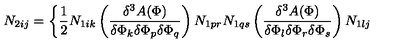
N _ { 2 i j } = \bigg \{ \frac { 1 } { 2 } N _ { 1 i k } \left( \frac { \delta ^ { 3 } A ( \Phi ) } { \delta \Phi _ { k } \delta \Phi _ { p } \delta \Phi _ { q } } \right) N _ { 1 p r } N _ { 1 q s } \left( \frac { \delta ^ { 3 } A ( \Phi ) } { \delta \Phi _ { l } \delta \Phi _ { r } \delta \Phi _ { s } } \right) N _ { 1 l j }